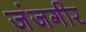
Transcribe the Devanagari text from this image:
जंजगीर